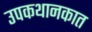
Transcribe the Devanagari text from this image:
उपकथानकात